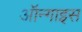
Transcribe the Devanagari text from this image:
ऑन्गाइस